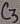
Text: C3